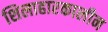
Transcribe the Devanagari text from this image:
शिलाहारकालीन